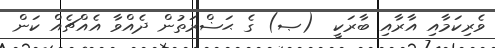
ވެރިކަމާއި އާރާއި ބާރަކީ  (ޞ) ގެ ޙަޟްރަތުން ދެއްވާ އެއްޗެއް ކަން